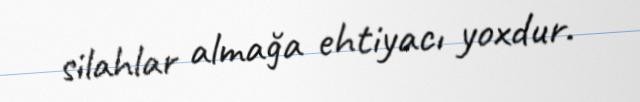
silahlar almağa ehtiyacı yoxdur.